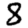
Digit: 8